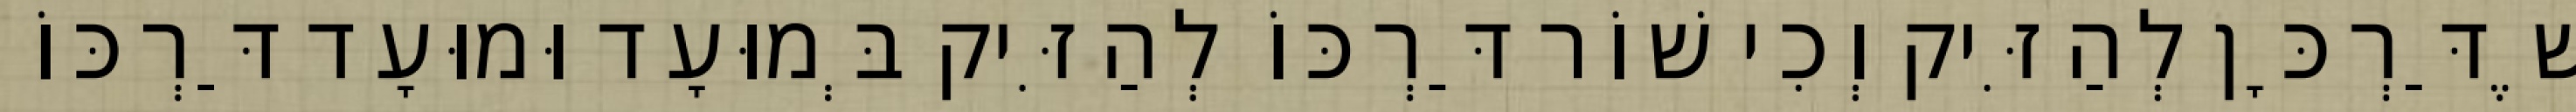
שֶׁדַּרְכָּן לְהַזִּיק וְכִי שׁוֹר דַּרְכּוֹ לְהַזִּיק בְּמוּעָד וּמוּעָד דַּרְכּוֹ